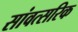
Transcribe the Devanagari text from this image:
सांवत्सरिक